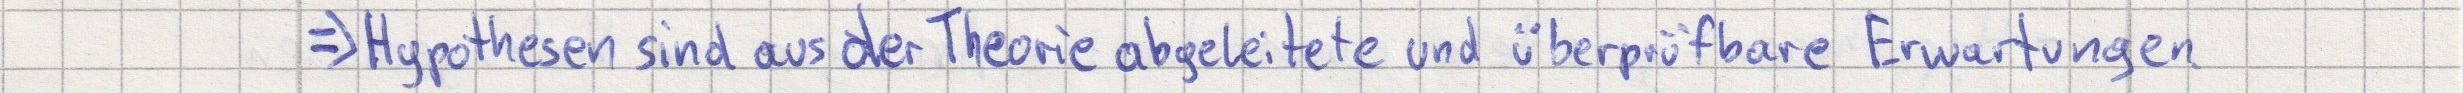
=> Hypothesen sind aus der Theorie abgeleitete und überprüfbare Erwartungen